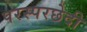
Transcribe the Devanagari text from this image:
परस्परछेदी